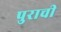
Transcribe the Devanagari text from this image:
पुराची